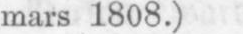
mars 1808.)